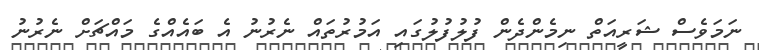
ނަމަވެސް ޝަރީއަތް ނިމެންދެން ފުލުފުލުގައި އަމުރުތައް ނެރުނު އެ ބައެއްގެ މައްޗަށް ނެރުނު